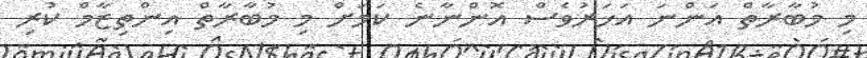
މި މުބާރާތް އަންނަ އަހަރުވެސް އޮންނާނެ ކަމަށް މި މުބާރާތް އިންތިޒާމް ކުރި